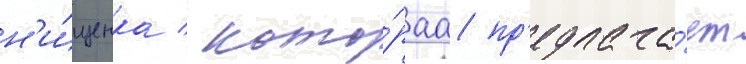
н'и́щенка / кото́раа пр'едлага́ет